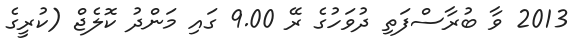
2013 ވާ ބުރާސްފަތި ދުވަހުގެ ރޭ 9.00 ގައި މަންދު ކޮލެޖް (ކުރީގެ